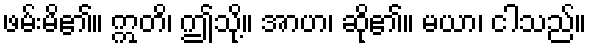
ဖမ်းမိ၏။ ဣတိ၊ ဤသို့။ အာဟ၊ ဆို၏။ မယာ၊ ငါသည်။